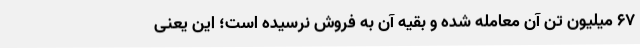
۶۷ میلیون تن آن معامله شده و بقیه آن به فروش نرسیده است؛ این یعنی